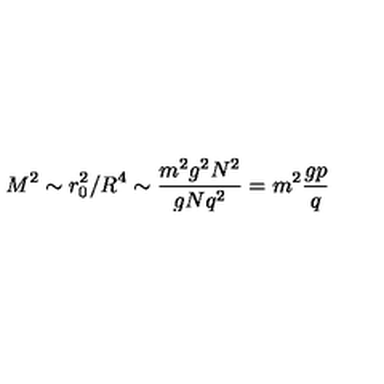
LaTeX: M ^ { 2 } \sim r _ { 0 } ^ { 2 } / R ^ { 4 } \sim \frac { m ^ { 2 } g ^ { 2 } N ^ { 2 } } { g N q ^ { 2 } } = m ^ { 2 } \frac { g p } { q }